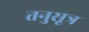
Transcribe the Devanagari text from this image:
तनुसूत्र